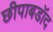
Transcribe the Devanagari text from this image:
छीपाबडॉद